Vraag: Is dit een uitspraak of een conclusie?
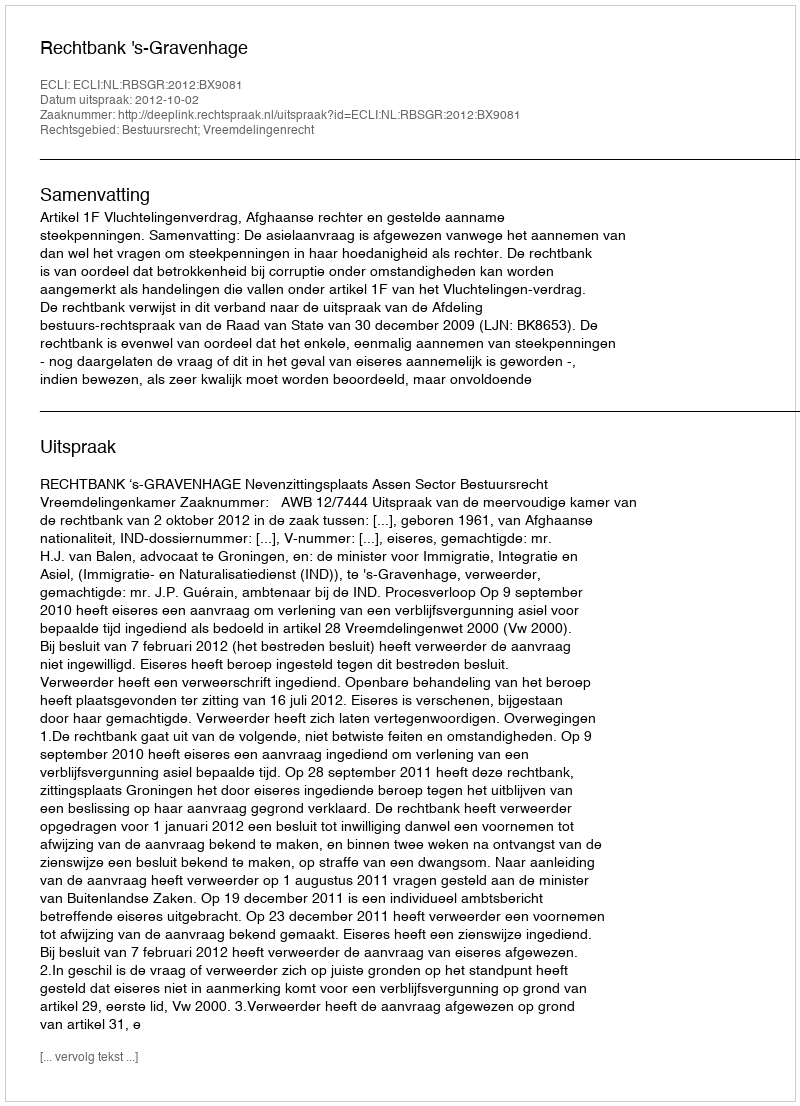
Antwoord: Uitspraak